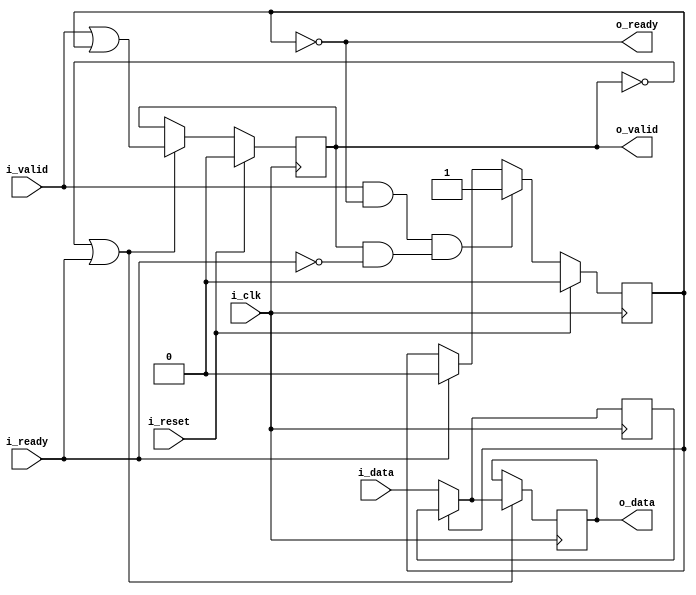
////////////////////////////////////////////////////////////////////////////////
//
// {{{
// Project:	WB2AXIPSP: bus bridges and other odds and ends
//
// Purpose:	A basic SKID buffer.
// {{{
//	Skid buffers are required for high throughput AXI code, since the AXI
//	specification requires that all outputs be registered.  This means
//	that, if there are any stall conditions calculated, it will take a clock
//	cycle before the stall can be propagated up stream.  This means that
//	the data will need to be buffered for a cycle until the stall signal
//	can make it to the output.
//
//	Handling that buffer is the purpose of this core.
//
//	On one end of this core, you have the i_valid and i_data inputs to
//	connect to your bus interface.  There's also a registered o_ready
//	signal to signal stalls for the bus interface.
//
//	The other end of the core has the same basic interface, but it isn't
//	registered.  This allows you to interact with the bus interfaces
//	as though they were combinatorial logic, by interacting with this half
//	of the core.
//
//	If at any time the incoming !stall signal, i_ready, signals a stall,
//	the incoming data is placed into a buffer.  Internally, that buffer
//	is held in r_data with the r_valid flag used to indicate that valid
//	data is within it.
// }}}
// Parameters:
// {{{
//	DW or data width
//		In order to make this core generic, the width of the data in the
//		skid buffer is parameterized
//
//	OPT_LOWPOWER
//		Forces both o_data and r_data to zero if the respective *VALID
//		signal is also low.  While this costs extra logic, it can also
//		be used to guarantee that any unused values aren't toggling and
//		therefore unnecessarily using power.
//
//		This excess toggling can be particularly problematic if the
//		bus signals have a high fanout rate, or a long signal path
//		across an FPGA.
//
//	OPT_OUTREG
//		Causes the outputs to be registered
//
//	OPT_PASSTHROUGH
//		Turns the skid buffer into a passthrough.  Used for formal
//		verification only.
// }}}
// Creator:	Dan Gisselquist, Ph.D.
//		Gisselquist Technology, LLC
//
////////////////////////////////////////////////////////////////////////////////
// }}}
// Copyright (C) 2019-2022, Gisselquist Technology, LLC
// {{{
// This file is part of the WB2AXIP project.
//
// The WB2AXIP project contains free software and gateware, licensed under the
// Apache License, Version 2.0 (the "License").  You may not use this project,
// or this file, except in compliance with the License.  You may obtain a copy
// of the License at
//
//	http://www.apache.org/licenses/LICENSE-2.0
//
// Unless required by applicable law or agreed to in writing, software
// distributed under the License is distributed on an "AS IS" BASIS, WITHOUT
// WARRANTIES OR CONDITIONS OF ANY KIND, either express or implied.  See the
// License for the specific language governing permissions and limitations
// under the License.
//
////////////////////////////////////////////////////////////////////////////////
//
//
`timescale 1ns / 1ps
`default_nettype none
// }}}
module skidbuffer #(
		// {{{
		parameter	[0:0]	OPT_LOWPOWER = 0,
		parameter	[0:0]	OPT_OUTREG = 1,
		//
		parameter	[0:0]	OPT_PASSTHROUGH = 0,
		parameter		DW = 8,
		parameter	[0:0]	OPT_INITIAL = 1'b1
		// }}}
	) (
		// {{{
		input	wire			i_clk, i_reset,
		input	wire			i_valid,
		output	wire			o_ready,
		input	wire	[DW-1:0]	i_data,
		output	wire			o_valid,
		input	wire			i_ready,
		output	reg	[DW-1:0]	o_data
		// }}}
	);

	wire	[DW-1:0]	w_data;

	generate if (OPT_PASSTHROUGH)
	begin : PASSTHROUGH
		// {{{
		assign	{ o_valid, o_ready } = { i_valid, i_ready };

		always @(*)
		if (!i_valid && OPT_LOWPOWER)
			o_data = 0;
		else
			o_data = i_data;

		assign	w_data = 0;
		// }}}
	end else begin : LOGIC
		// We'll start with skid buffer itself
		// {{{
		reg			r_valid;
		reg	[DW-1:0]	r_data;

		// r_valid
		// {{{
		initial if (OPT_INITIAL) r_valid = 0;
		always @(posedge i_clk)
		if (i_reset)
			r_valid <= 0;
		else if ((i_valid && o_ready) && (o_valid && !i_ready))
			// We have incoming data, but the output is stalled
			r_valid <= 1;
		else if (i_ready)
			r_valid <= 0;
		// }}}

		// r_data
		// {{{
		initial if (OPT_INITIAL) r_data = 0;
		always @(posedge i_clk)
		if (OPT_LOWPOWER && i_reset)
			r_data <= 0;
		else if (OPT_LOWPOWER && (!o_valid || i_ready))
			r_data <= 0;
		else if ((!OPT_LOWPOWER || !OPT_OUTREG || i_valid) && o_ready)
			r_data <= i_data;

		assign	w_data = r_data;
		// }}}

		// o_ready
		// {{{
		assign o_ready = !r_valid;
		// }}}

		//
		// And then move on to the output port
		//
		if (!OPT_OUTREG)
		begin : NET_OUTPUT
			// Outputs are combinatorially determined from inputs
			// {{{
			// o_valid
			// {{{
			assign	o_valid = !i_reset && (i_valid || r_valid);
			// }}}

			// o_data
			// {{{
			always @(*)
			if (r_valid)
				o_data = r_data;
			else if (!OPT_LOWPOWER || i_valid)
				o_data = i_data;
			else
				o_data = 0;
			// }}}
			// }}}
		end else begin : REG_OUTPUT
			// Register our outputs
			// {{{
			// o_valid
			// {{{
			reg	ro_valid;

			initial if (OPT_INITIAL) ro_valid = 0;
			always @(posedge i_clk)
			if (i_reset)
				ro_valid <= 0;
			else if (!o_valid || i_ready)
				ro_valid <= (i_valid || r_valid);

			assign	o_valid = ro_valid;
			// }}}

			// o_data
			// {{{
			initial if (OPT_INITIAL) o_data = 0;
			always @(posedge i_clk)
			if (OPT_LOWPOWER && i_reset)
				o_data <= 0;
			else if (!o_valid || i_ready)
			begin

				if (r_valid)
					o_data <= r_data;
				else if (!OPT_LOWPOWER || i_valid)
					o_data <= i_data;
				else
					o_data <= 0;
			end
			// }}}

			// }}}
		end
		// }}}
	end endgenerate

	// Keep Verilator happy
	// {{{
	// Verilator lint_off UNUSED
	wire	unused;
	assign	unused = &{ 1'b0, w_data };
	// Verilator lint_on  UNUSED
	// }}}
////////////////////////////////////////////////////////////////////////////////
////////////////////////////////////////////////////////////////////////////////
////////////////////////////////////////////////////////////////////////////////
//
// Formal properties
// {{{
////////////////////////////////////////////////////////////////////////////////
////////////////////////////////////////////////////////////////////////////////
////////////////////////////////////////////////////////////////////////////////
`ifdef	FORMAL
`ifdef	SKIDBUFFER
`define	ASSUME	assume
`else
`define	ASSUME	assert
`endif

	reg	f_past_valid;

	initial	f_past_valid = 0;
	always @(posedge i_clk)
		f_past_valid <= 1;

	always @(*)
	if (!f_past_valid)
		assume(i_reset);

	////////////////////////////////////////////////////////////////////////
	//
	// Incoming stream properties / assumptions
	// {{{
	////////////////////////////////////////////////////////////////////////
	//
	always @(posedge i_clk)
	if (!f_past_valid)
	begin
		`ASSUME(!i_valid || !OPT_INITIAL);
	end else if ($past(i_valid && !o_ready && !i_reset) && !i_reset)
		`ASSUME(i_valid && $stable(i_data));

`ifdef	VERIFIC
`define	FORMAL_VERIFIC
	// Reset properties
	property RESET_CLEARS_IVALID;
		@(posedge i_clk) i_reset |=> !i_valid;
	endproperty

	property IDATA_HELD_WHEN_NOT_READY;
		@(posedge i_clk) disable iff (i_reset)
		i_valid && !o_ready |=> i_valid && $stable(i_data);
	endproperty

`ifdef	SKIDBUFFER
	assume	property (IDATA_HELD_WHEN_NOT_READY);
`else
	assert	property (IDATA_HELD_WHEN_NOT_READY);
`endif
`endif
	// }}}
	////////////////////////////////////////////////////////////////////////
	//
	// Outgoing stream properties / assumptions
	// {{{
	////////////////////////////////////////////////////////////////////////
	//

	generate if (!OPT_PASSTHROUGH)
	begin

		always @(posedge i_clk)
		if (!f_past_valid) // || $past(i_reset))
		begin
			// Following any reset, valid must be deasserted
			assert(!o_valid || !OPT_INITIAL);
		end else if ($past(o_valid && !i_ready && !i_reset) && !i_reset)
			// Following any stall, valid must remain high and
			// data must be preserved
			assert(o_valid && $stable(o_data));

	end endgenerate
	// }}}
	////////////////////////////////////////////////////////////////////////
	//
	// Other properties
	// {{{
	////////////////////////////////////////////////////////////////////////
	//
	//
	generate if (!OPT_PASSTHROUGH)
	begin
		// Rule #1:
		//	If registered, then following any reset we should be
		//	ready for a new request
		// {{{
		always @(posedge i_clk)
		if (f_past_valid && $past(OPT_OUTREG && i_reset))
			assert(o_ready);
		// }}}

		// Rule #2:
		//	All incoming data must either go directly to the
		//	output port, or into the skid buffer
		// {{{
`ifndef	VERIFIC
		always @(posedge i_clk)
		if (f_past_valid && !$past(i_reset) && $past(i_valid && o_ready
			&& (!OPT_OUTREG || o_valid) && !i_ready))
			assert(!o_ready && w_data == $past(i_data));
`else
		assert property (@(posedge i_clk)
			disable iff (i_reset)
			(i_valid && o_ready
				&& (!OPT_OUTREG || o_valid) && !i_ready)
				|=> (!o_ready && w_data == $past(i_data)));
`endif
		// }}}

		// Rule #3:
		//	After the last transaction, o_valid should become idle
		// {{{
		if (!OPT_OUTREG)
		begin
			// {{{
			always @(posedge i_clk)
			if (f_past_valid && !$past(i_reset) && !i_reset
					&& $past(i_ready))
			begin
				assert(o_valid == i_valid);
				assert(!i_valid || (o_data == i_data));
			end
			// }}}
		end else begin
			// {{{
			always @(posedge i_clk)
			if (f_past_valid && !$past(i_reset))
			begin
				if ($past(i_valid && o_ready))
					assert(o_valid);

				if ($past(!i_valid && o_ready && i_ready))
					assert(!o_valid);
			end
			// }}}
		end
		// }}}

		// Rule #4
		//	Same thing, but this time for o_ready
		// {{{
		always @(posedge i_clk)
		if (f_past_valid && $past(!o_ready && i_ready))
			assert(o_ready);
		// }}}

		// If OPT_LOWPOWER is set, o_data and w_data both need to be
		// zero any time !o_valid or !r_valid respectively
		// {{{
		if (OPT_LOWPOWER)
		begin
			always @(*)
			if ((OPT_OUTREG || !i_reset) && !o_valid)
				assert(o_data == 0);

			always @(*)
			if (o_ready)
				assert(w_data == 0);

		end
		// }}}
	end endgenerate
	// }}}
	////////////////////////////////////////////////////////////////////////
	//
	// Cover checks
	// {{{
	////////////////////////////////////////////////////////////////////////
	//
	//
`ifdef	SKIDBUFFER
	generate if (!OPT_PASSTHROUGH)
	begin
		reg	f_changed_data;

		initial	f_changed_data = 0;
		always @(posedge i_clk)
		if (i_reset)
			f_changed_data <= 1;
		else if (i_valid && $past(!i_valid || o_ready))
		begin
			if (i_data != $past(i_data + 1))
				f_changed_data <= 0;
		end else if (!i_valid && i_data != 0)
			f_changed_data <= 0;


`ifndef	VERIFIC
		reg	[3:0]	cvr_steps, cvr_hold;

		always @(posedge i_clk)
		if (i_reset)
		begin
			cvr_steps <= 0;
			cvr_hold  <= 0;
		end else begin
			cvr_steps <= cvr_steps + 1;
			cvr_hold  <= cvr_hold  + 1;
			case(cvr_steps)
			 0: if (o_valid || i_valid)
				cvr_steps <= 0;
			 1: if (!i_valid || !i_ready)
				cvr_steps <= 0;
			 2: if (!i_valid || !i_ready)
				cvr_steps <= 0;
			 3: if (!i_valid || !i_ready)
				cvr_steps <= 0;
			 4: if (!i_valid ||  i_ready)
				cvr_steps <= 0;
			 5: if (!i_valid || !i_ready)
				cvr_steps <= 0;
			 6: if (!i_valid || !i_ready)
				cvr_steps <= 0;
			 7: if (!i_valid ||  i_ready)
				cvr_steps <= 0;
			 8: if (!i_valid ||  i_ready)
				cvr_steps <= 0;
			 9: if (!i_valid || !i_ready)
				cvr_steps <= 0;
			10: if (!i_valid || !i_ready)
				cvr_steps <= 0;
			11: if (!i_valid || !i_ready)
				cvr_steps <= 0;
			12: begin
				cvr_steps <= cvr_steps;
				cover(!o_valid && !i_valid && f_changed_data);
				if (!o_valid || !i_ready)
					cvr_steps <= 0;
				else
					cvr_hold <= cvr_hold + 1;
				end
			default: assert(0);
			endcase
		end

`else
		// Cover test
		cover property (@(posedge i_clk)
			disable iff (i_reset)
			(!o_valid && !i_valid)
			##1 i_valid &&  i_ready [*3]
			##1 i_valid && !i_ready
			##1 i_valid &&  i_ready [*2]
			##1 i_valid && !i_ready [*2]
			##1 i_valid &&  i_ready [*3]
			// Wait for the design to clear
			##1 o_valid && i_ready [*0:5]
			##1 (!o_valid && !i_valid && f_changed_data));
`endif
	end endgenerate
`endif	// SKIDBUFFER
	// }}}
`endif
// }}}
endmodule